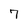
Character: 7